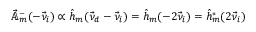
\vec { \mathbb { A } } _ { m } ^ { - } ( - \vec { \nu } _ { i } ) \propto \hat { h } _ { m } ( \vec { \nu } _ { d } - \vec { \nu } _ { i } ) = \hat { h } _ { m } ( - 2 \vec { \nu } _ { i } ) = \hat { h } _ { m } ^ { * } ( 2 \vec { \nu } _ { i } )